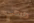
طبعي